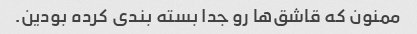
ممنون که قاشق‌ها رو جدا بسته بندی کرده بودین.